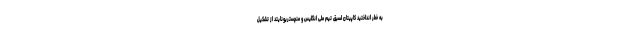
به خطر انداختید کاپیتان اسبق تیم ملی انگلیس و منچستریونایتد از تشکیل